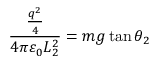
{ \frac { \frac { q ^ { 2 } } { 4 } } { 4 \pi \varepsilon _ { 0 } L _ { 2 } ^ { 2 } } } = m g \tan \theta _ { 2 }